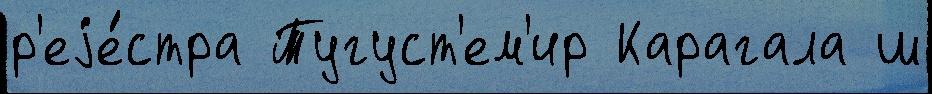
р'еjе́стра Тугуст'ем'ир Карагала ш